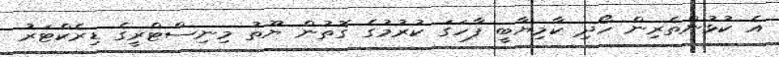
އެ ކުޅުންތެރިން ހޯދި ކާމިޔާބީ ފާހަގަ ކުރުމުގެ ގޮތުން ޔޫތު މިނިސްޓްރީގެ ޑިރެކްޓަރު